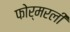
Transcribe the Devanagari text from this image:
फोर्मरली